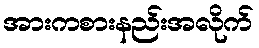
အားကစားနည်းအလိုက်